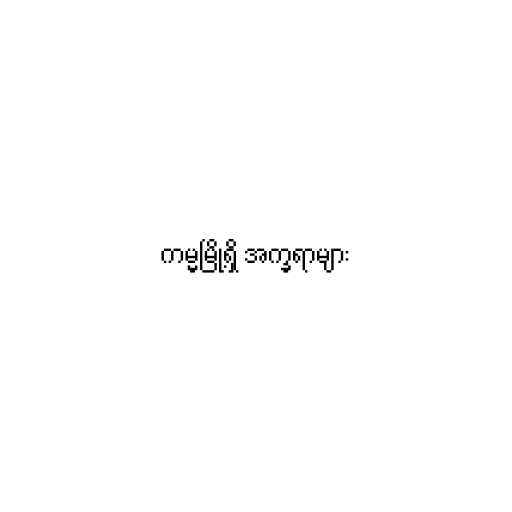
ကမ္မမြို့ရှိ အက္ခရာများ